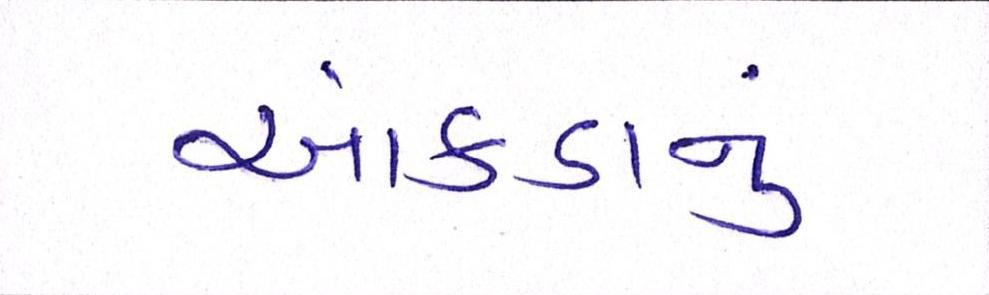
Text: આંકડાનું